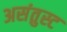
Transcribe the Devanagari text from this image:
असंतुस्ट